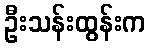
ဦးသန်းထွန်းက